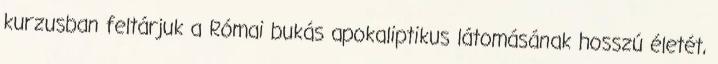
kurzusban feltárjuk a Római bukás apokaliptikus látomásának hosszú életét,